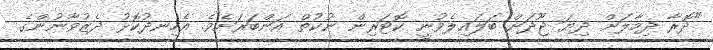
"ދޮރާ ދިމާލަށް ދިޔަ ޖޫދަށް ބަލައިލެވުނީ ކޮޓަރިން ނުކުތް އަންބަރަށެވެ. އެހިނދުކޮޅު ދެޒުވާނުންގެ